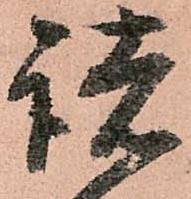
諸